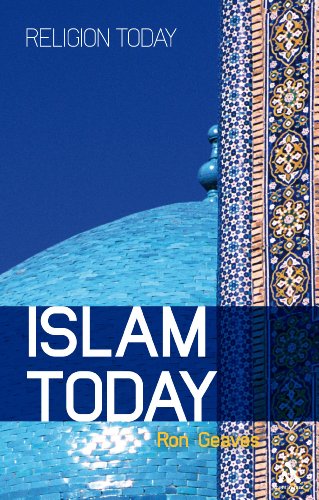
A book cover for Islam Today (Religion Today); Ron Geaves; Religion & Spirituality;